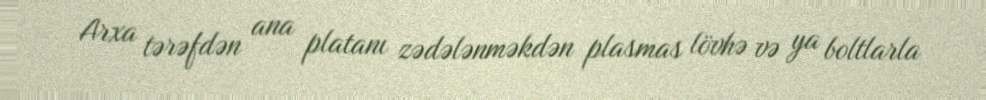
Arxa tərəfdən ana platanı zədələnməkdən plasmas lövhə və ya boltlarla